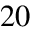
2 0